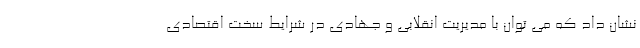
نشان داد که می توان با مدیریت انقلابی و جهادی در شرایط سخت اقتصادی